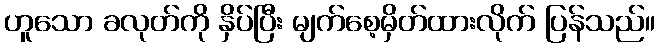
ဟူသော ခလုတ်ကို နှိပ်ပြီး မျက်စေ့မှိတ်ထားလိုက် ပြန်သည်။